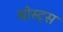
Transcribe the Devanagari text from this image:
घोस्ट्‌स